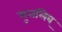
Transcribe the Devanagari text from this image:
मुत्तलिब्